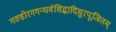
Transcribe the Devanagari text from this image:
गरुडोरगगन्धर्वसिद्धादिसुरपूजितम्